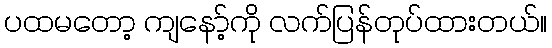
ပထမတော့ ကျနော့်ကို လက်ပြန်တုပ်ထားတယ်။